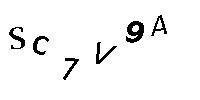
SC7V9A